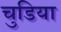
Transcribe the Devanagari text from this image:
चुडिया